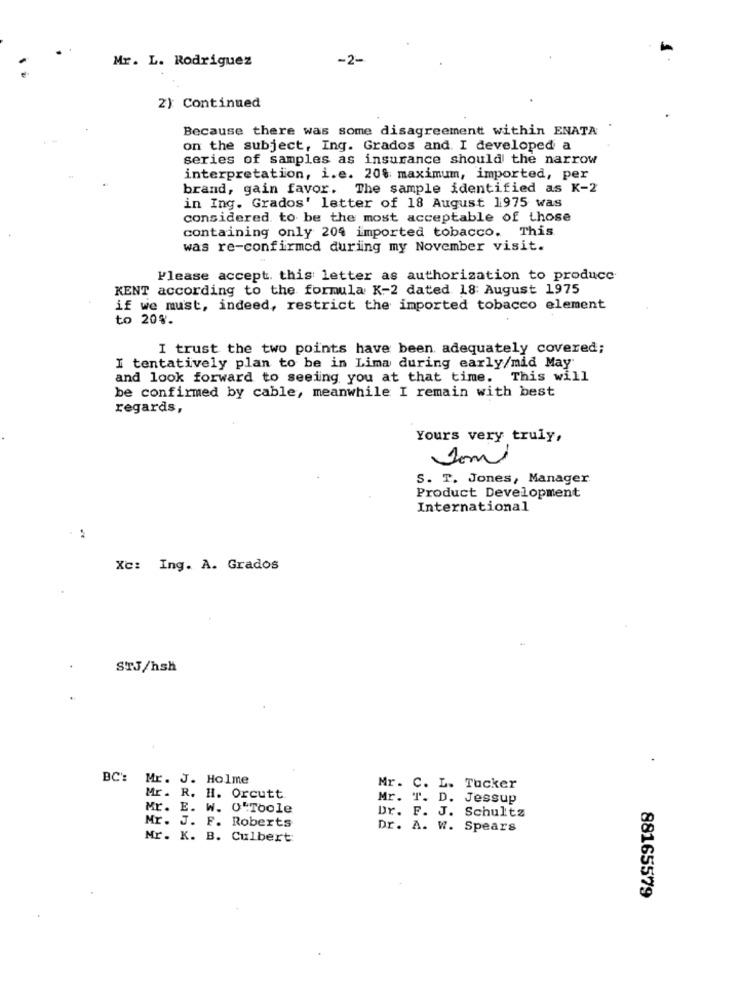
Mr. L. Rodriguez
-2-
2) Continued
Because there was some disagreement within ENATA
on the subject, Ing. Grados and. I developed a
series of samples as insurance should the narrow
interpretation, i.e. 20% maximum, imported, per
brand, gain favor. The sample identified as K-2
in Ing. Grados' letter of 18 August 1975 was
considered to be the most acceptable of those
containing only 204 imported tobacco. This
was re-confirmed during my November visit.
Please accept. this letter as authorization to produce
KENT according to the formula K-2 dated 18: August 1975
if we must, indeed, restrict the imported tobacco element
to 20%.
I trust the two points have been, adequately covered;
I tentatively plan to be in Lima during early/mid May
and look forward to seeing you at that time. This will
be confirmed by cable, meanwhile I remain with best
regards,
Yours very truly,
Som
S. T. Jones, Manager
Product Development
International
Xc: Ing. A. Grados
STJ/hsh
BC': Mr. J. Holme
Mr. C. L. Tucker
Mr . R. H. Orcutt
Mr. T. D. Jessup
Mr. E. W. O'Toole
Dr. F. J. Schultz
Mr. J. F. Roberts
Dr. A. W. Spears
Mr. K. B. Culbert
88165579